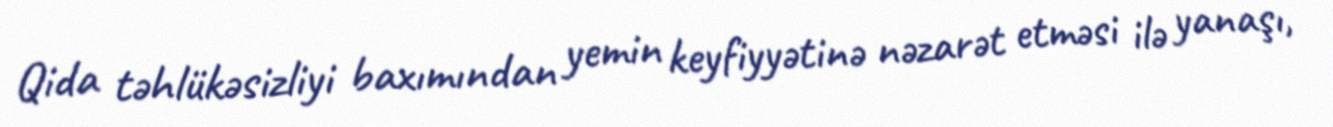
Qida təhlükəsizliyi baxımından yemin keyfiyyətinə nəzarət etməsi ilə yanaşı,